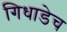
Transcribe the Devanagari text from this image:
गिधाडेच